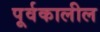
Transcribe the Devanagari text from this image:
पूर्वकालील